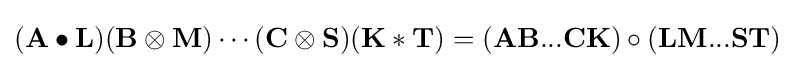
(\mathbf {A} \bullet \mathbf {L} )(\mathbf {B} \otimes \mathbf {M} )\cdots (\mathbf {C} \otimes \mathbf {S} )(\mathbf {K} \ast \mathbf {T} )=(\mathbf {A} \mathbf {B} ...\mathbf {C} \mathbf {K} )\circ (\mathbf {L} \mathbf {M} ...\mathbf {S} \mathbf {T} )